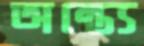
অন্ত্যে